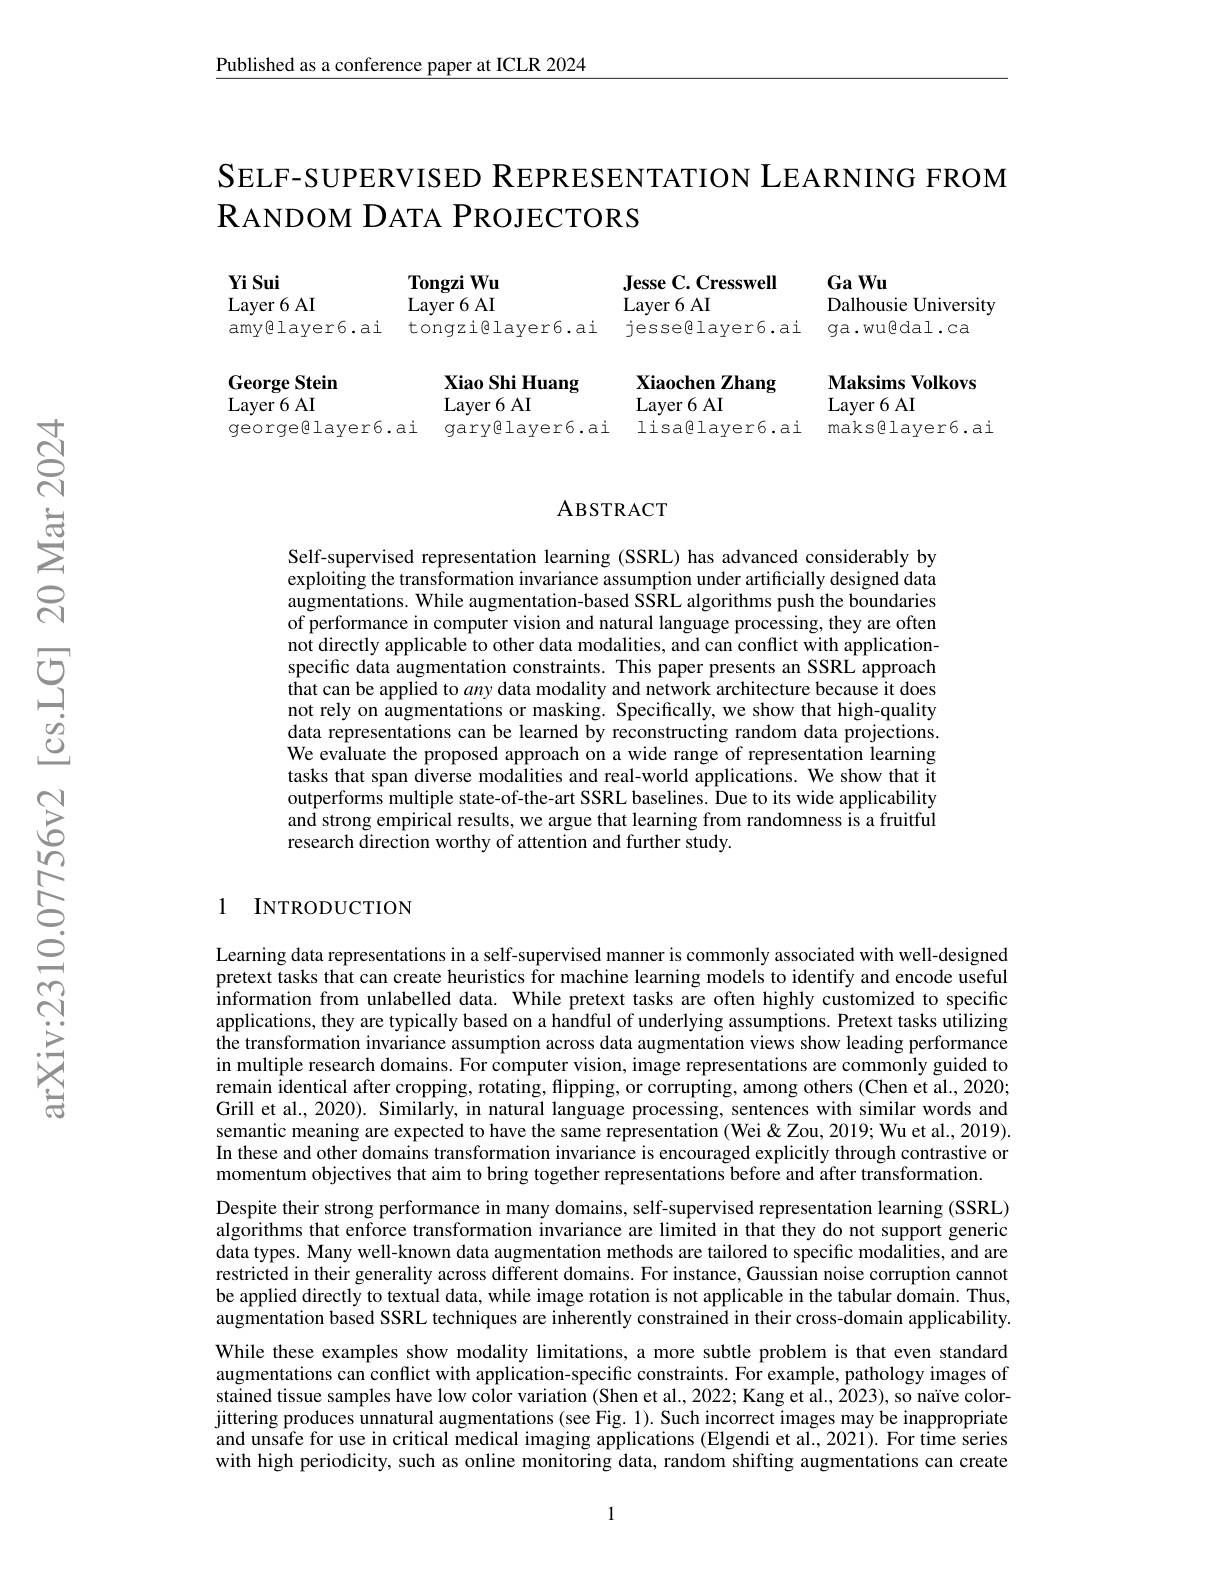
$\underline{\text{Published as a conference paper at ICLR 2024}}$

SELF-SUPERVISED REPRESENTATION LEARNING FROM
$\mathbf{R}$ANDOM DATA PROJECTORS

GaWu

Yi Sui

Jesse C. Cresswell

Tongzi Wu

Dalhousie University

Layer 6 AI

Layer 6 AI

Layer 6 AI

amy@layer6.ai

tongzi@layer6.ai

jesselayer6.ai

ga.wugdal.ca

Maksims Volkovs
Layer 6 AI
maks$\textcircled{\mathrm{layer6.ai}}$

Xiao Shi Huang
Xiaochen Zhang
$\operatorname{Layer6AI}$
$\operatorname{Layer6AI}$
gary@layer6.ai lisa@layer6.ai

George Stein
$\operatorname{Layer6AI}$
georgelayer6.ai

### ABSTRACT

Self-supervised representation learning (SSRL) has advanced considerably by exploiting the transformation invariance assumption under artificially designed data augmentations. While augmentation-based SSRL algorithms push the boundaries of performance in computer vision and natural language processing, they are often not directly applicable to other data modalities, and can conflict with applicationspecific data augmentation constraints. This paper presents an SSRL approach that can be applied to any data modality and network architecture because it does not rely on augmentations or masking. Specifically, we show that high-quality data representations can be learned by reconstructing random data projections. We evaluate the proposed approach on a wide range of representation learning tasks that span diverse modalities and real-world applications. We show that it outperforms multiple state-of-the-art SSRL baselines. Due to its wide applicability and strong empirical results, we argue that learning from randomness is a fruitful research direction worthy of attention and further study.

1 INTRODUCTION

Learning data representations in a self-supervised manner is commonly associated with well-designed pretext tasks that can create heuristics for machine learning models to identify and encode useful information from unlabelled data. While pretext tasks are often highly customized to specific applications, they are typically based on a handful of underlying assumptions. Pretext tasks utilizing the transformation invariance assumption across data augmentation views show leading performance in multiple research domains. For computer vision, image representations are commonly guided to remain identical after cropping, rotating, flipping, or corrupting, among others (Chen et al., 2020; Grill et al., 2020). Similarly, in natural language processing, sentences with similar words and semantic meaning are expected to have the same representation ( Wei & Zou, 2019; Wu et al., 2019). In these and other domains transformation invariance is encouraged explicitly through contrastive or momentum objectives that aim to bring together representations before and after transformation.
Despite their strong performance in many domains, self-supervised representation learning (SSRL) algorithms that enforce transformation invariance are limited in that they do not support generic data types. Many well-known data augmentation methods are tailored to specific modalities, and are restricted in their generality across different domains. For instance, Gaussian noise corruption cannot be applied directly to textual data, while image rotation is not applicable in the tabular domain. Thus, augmentation based SSRL techniques are inherently constrained in their cross-domain applicability. While these examples show modality limitations, a more subtle problem is that even standard augmentations can conflict with application-specific constraints. For example, pathology images of stained tissue samples have low color variation (Shen et al., 2022; Kang et al., 2023), so naïve colorjittering produces unnatural augmentations (see Fig. 1). Such incorrect images may be inappropriate and unsafe for use in critical medical imaging applications (Elgendi et al., 2021). For time series with high periodicity, such as online monitoring data, random shifting augmentations can create

1